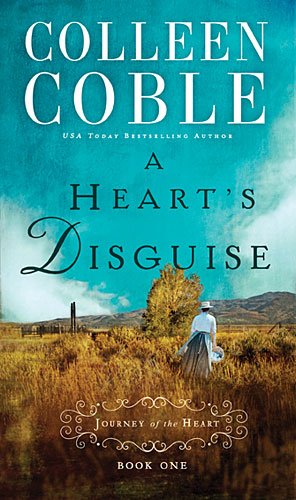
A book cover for A Heart's Disguise (A Journey of the Heart); Colleen Coble; Literature & Fiction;